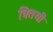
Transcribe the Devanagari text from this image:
त्रितयी